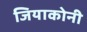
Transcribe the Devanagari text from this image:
जियाकोनी